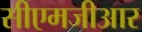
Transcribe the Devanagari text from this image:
सीएमजीआर